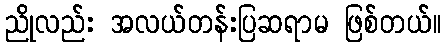
ညိုလည်း အလယ်တန်းပြဆရာမ ဖြစ်တယ်။